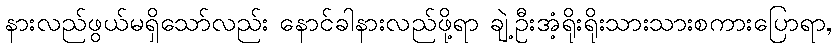
နားလည်ဖွယ်မရှိသော်လည်း နောင်ခါနားလည်ဖို့ရာ ချဲ့ဦးအံ့ရိုးရိုးသားသားစကားပြောရာ,